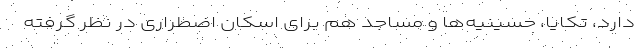
دارد، تکایا، حسینیه‌ها و مساجد هم برای اسکان اضطراری در نظر گرفته